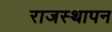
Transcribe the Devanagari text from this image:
राजस्थापन